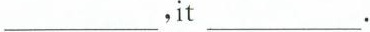
___,it___.